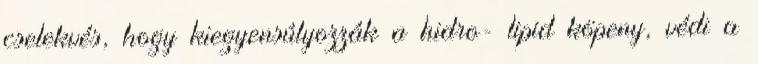
cselekvés, hogy kiegyensúlyozzák a hidro- lipid köpeny, védi a